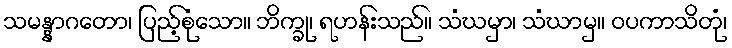
သမန္နာဂတော၊ ပြည့်စုံသော။ ဘိက္ခု၊ ရဟန်းသည်။ သံဃမှာ၊ သံဃာမှ။ ဝပကာသိတုံ၊